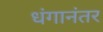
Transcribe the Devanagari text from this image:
धंगानंतर